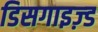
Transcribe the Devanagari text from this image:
डिसगाइज़्ड